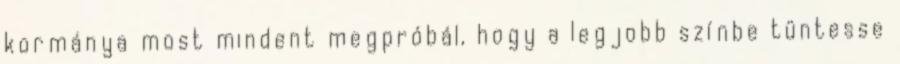
kormánya most mindent megpróbál, hogy a legjobb színbe tüntesse